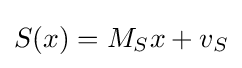
S(x)=M_{S}x+v_{S}